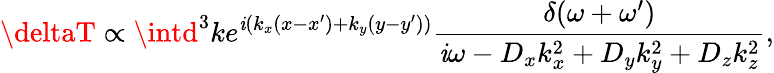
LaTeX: \deltaT\propto\intd^{3}ke^{\mathit{i}(k_{x}(x-x^{\prime})+k_{y}(y-y^{\prime}))}\frac{{\delta(\omega+\omega{'})}}{{\mathit{i}\omega-{D_{x}}{k_{x}^{2}}+{D_{y}}{k_{y}^{2}}+{D_{z}}{k_{z}^{2}}}},